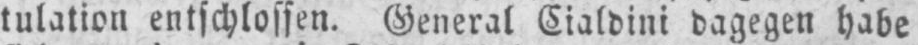
tulation entschlossen. General Cialdini dagegen habe